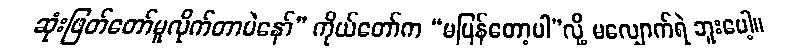
ဆုံးဖြတ်တော်မူလိုက်တာပဲနော်” ကိုယ်တော်က “မပြန်တော့ပါ”လို့ မလျှောက်ရဲ ဘူးပေါ့။